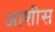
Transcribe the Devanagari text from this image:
आशीस